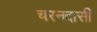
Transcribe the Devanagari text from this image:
चरनदासी